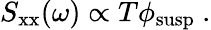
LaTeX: S_{\mathrm{xx}}(\omega)\propto T\phi_{\mathrm{susp}}~.